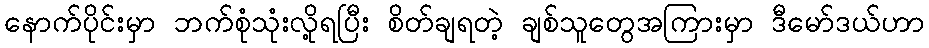
နောက်ပိုင်းမှာ ဘက်စုံသုံးလို့ရပြီး စိတ်ချရတဲ့ ချစ်သူတွေအကြားမှာ ဒီမော်ဒယ်ဟာ